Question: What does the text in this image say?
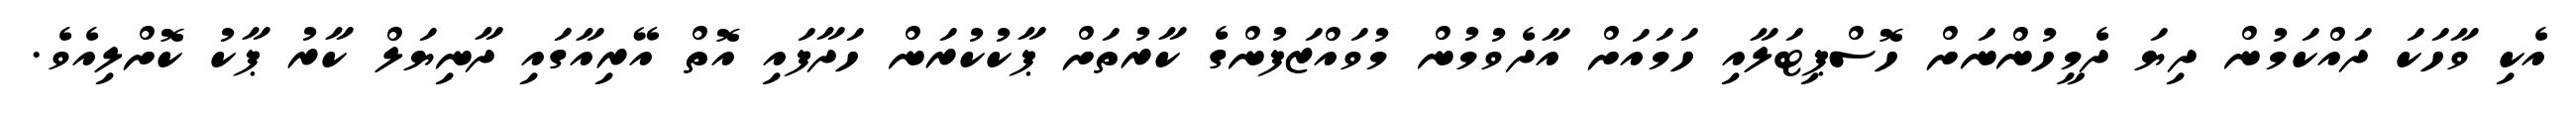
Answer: އެކި ވާހަކަ ދައްކަމުން ދިޔަ ދެމީހުންނަށް ހޮސްޕިޓަލާއި ހަމައަށް އާދެވުމުން މުވައްޒަފުންގެ ކާރުތަށް ޕާކުކުރަން ހަދާފައި އޮތް އޭރިއާގައި ދާނިޔަލް ކާރު ޕާކު ކޮށްލިއެވެ.